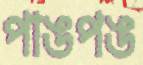
পাঙপঙ